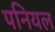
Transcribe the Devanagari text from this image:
पनियल